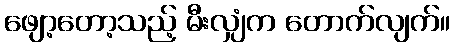
ဖျော့တော့သည့် မီးလျှံက တောက်လျက်။